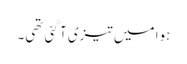
ہوا میں تیزی آ گئی تھی۔